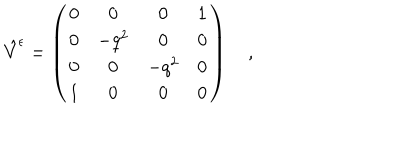
LaTeX: \hat { V } ^ { \epsilon } = \left( \begin{array} { c c c c } { { 0 } } & { { 0 } } & { { 0 } } & { { 1 } } \\ { { 0 } } & { { - q ^ { 2 } } } & { { 0 } } & { { 0 } } \\ { { 0 } } & { { 0 } } & { { - q ^ { 2 } } } & { { 0 } } \\ { { 1 } } & { { 0 } } & { { 0 } } & { { 0 } } \\ \end{array} \right) \quad , \quad